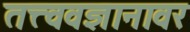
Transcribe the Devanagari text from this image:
तत्त्ववज्ञानावर